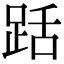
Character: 䟯